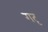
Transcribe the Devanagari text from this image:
गदृ